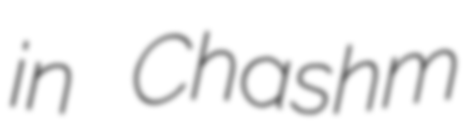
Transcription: in Chashm